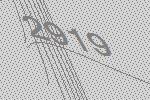
2919